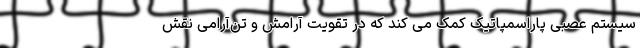
سیستم عصبی پاراسمپاتیک کمک می کند که در تقویت آرامش و تن‌آرامی نقش